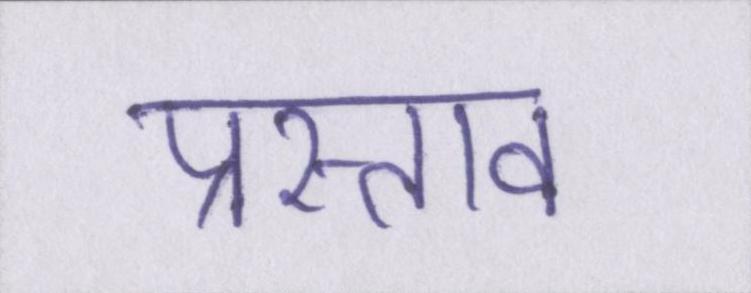
प्रस्ताव